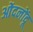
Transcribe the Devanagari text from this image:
ओंदनोंदू